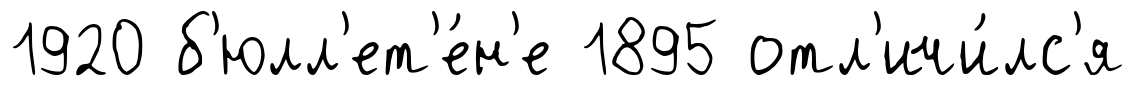
1920 б'юлл'ет'е́н'е 1895 отл'ичи́лс'я